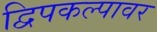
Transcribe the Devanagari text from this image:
द्विपकल्पावर